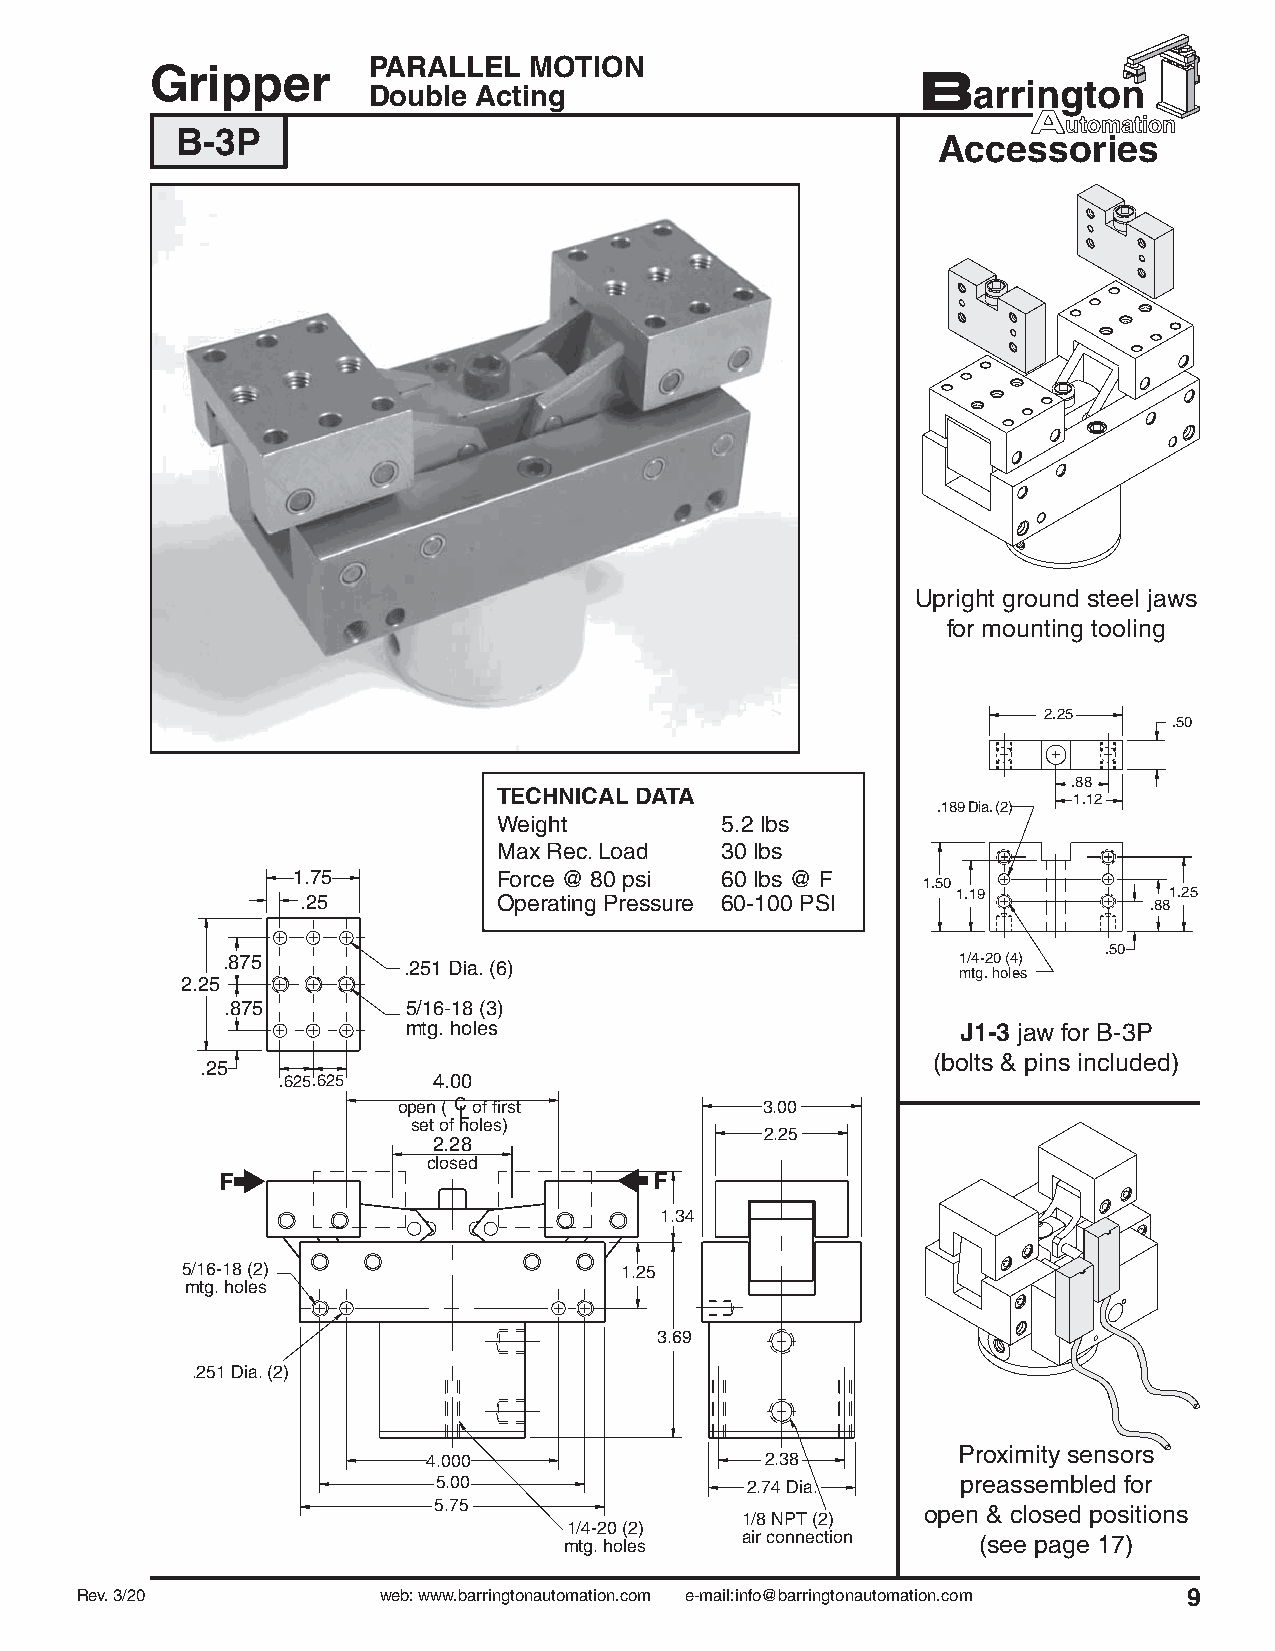
PARALLEL   MOTION
 Gripper
 Double Acting
 B-3P
 Accessories
 Upright ground steel jaws
 for mounting tooling
 2.25
 .50
 .88
 TECHNICAL DATA                        1.12
 .189 Dia. (2)
 Weight         5.2 lbs
 Max Rec. Load  30 lbs
 1.75          Force @ 80 psi 60 lbs @ F
 1.50
 .25          Operating Pressure 60-100 PSI 1.19         .881.25
 .50
 .875                                            1/4-20 (4)
 .251 Dia. (6)
 mtg. holes
 2.25
 .875        5/16-18 (3)
 mtg. holes                           J1-3 jaw for B-3P
 (bolts & pins included)
 .25
 .625.625   4.00
 open ( C L of first      3.00
 set of holes)
 2.25
 2.28
 closed
 1.34
 5/16-18 (2)                  1.25
 mtg. holes
 3.69
 .251 Dia. (2)
 Proximity sensors
 4.000                  2.38
 5.00                2.74 Dia.      preassembled for
 5.75                            open & closed positions
 1/8 NPT (2)
 1/4-20 (2)
 mtg. holes  air connection  (see page 17)
 Rev. 3/20           web: www.barringtonautomation.com e-mail:info@barringtonautomation.com 9